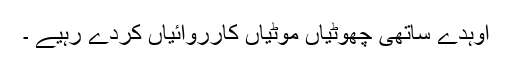
اوہدے ساتھی چھوٹیاں موٹیاں کارروائیاں کردے رہیے ۔